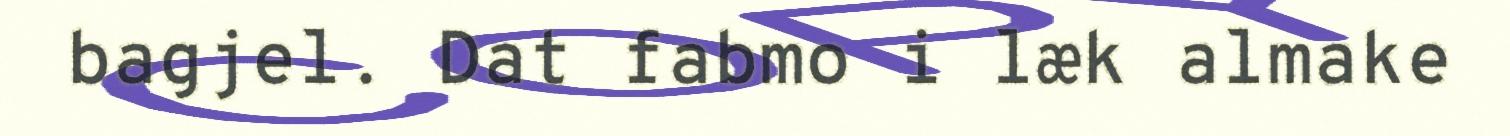
bagjel. Dat fabmo i læk almake